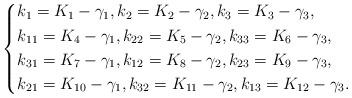
LaTeX: \begin{align*}\left\{ \begin{aligned}&k_1=K_1-\gamma_1,k_2=K_2-\gamma_2,k_3=K_3-\gamma_3,\\&k_{11}=K_4-\gamma_1,k_{22}=K_5-\gamma_2,k_{33}=K_6-\gamma_3,\\&k_{31}=K_7-\gamma_1,k_{12}=K_8-\gamma_2,k_{23}=K_9-\gamma_3,\\&k_{21}=K_{10}-\gamma_1,k_{32}=K_{11}-\gamma_2,k_{13}=K_{12}-\gamma_3.\end{aligned} \right.\end{align*}